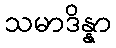
သမာဒိန္နာ